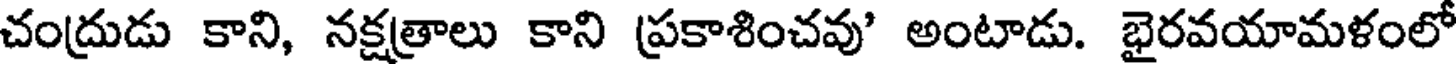
చంద్రుడు కాని, నక్షత్రాలు కాని ప్రకాశించవు' అంటాడు. భైరవయామళంలో